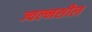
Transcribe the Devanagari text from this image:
ज्वल्नशील